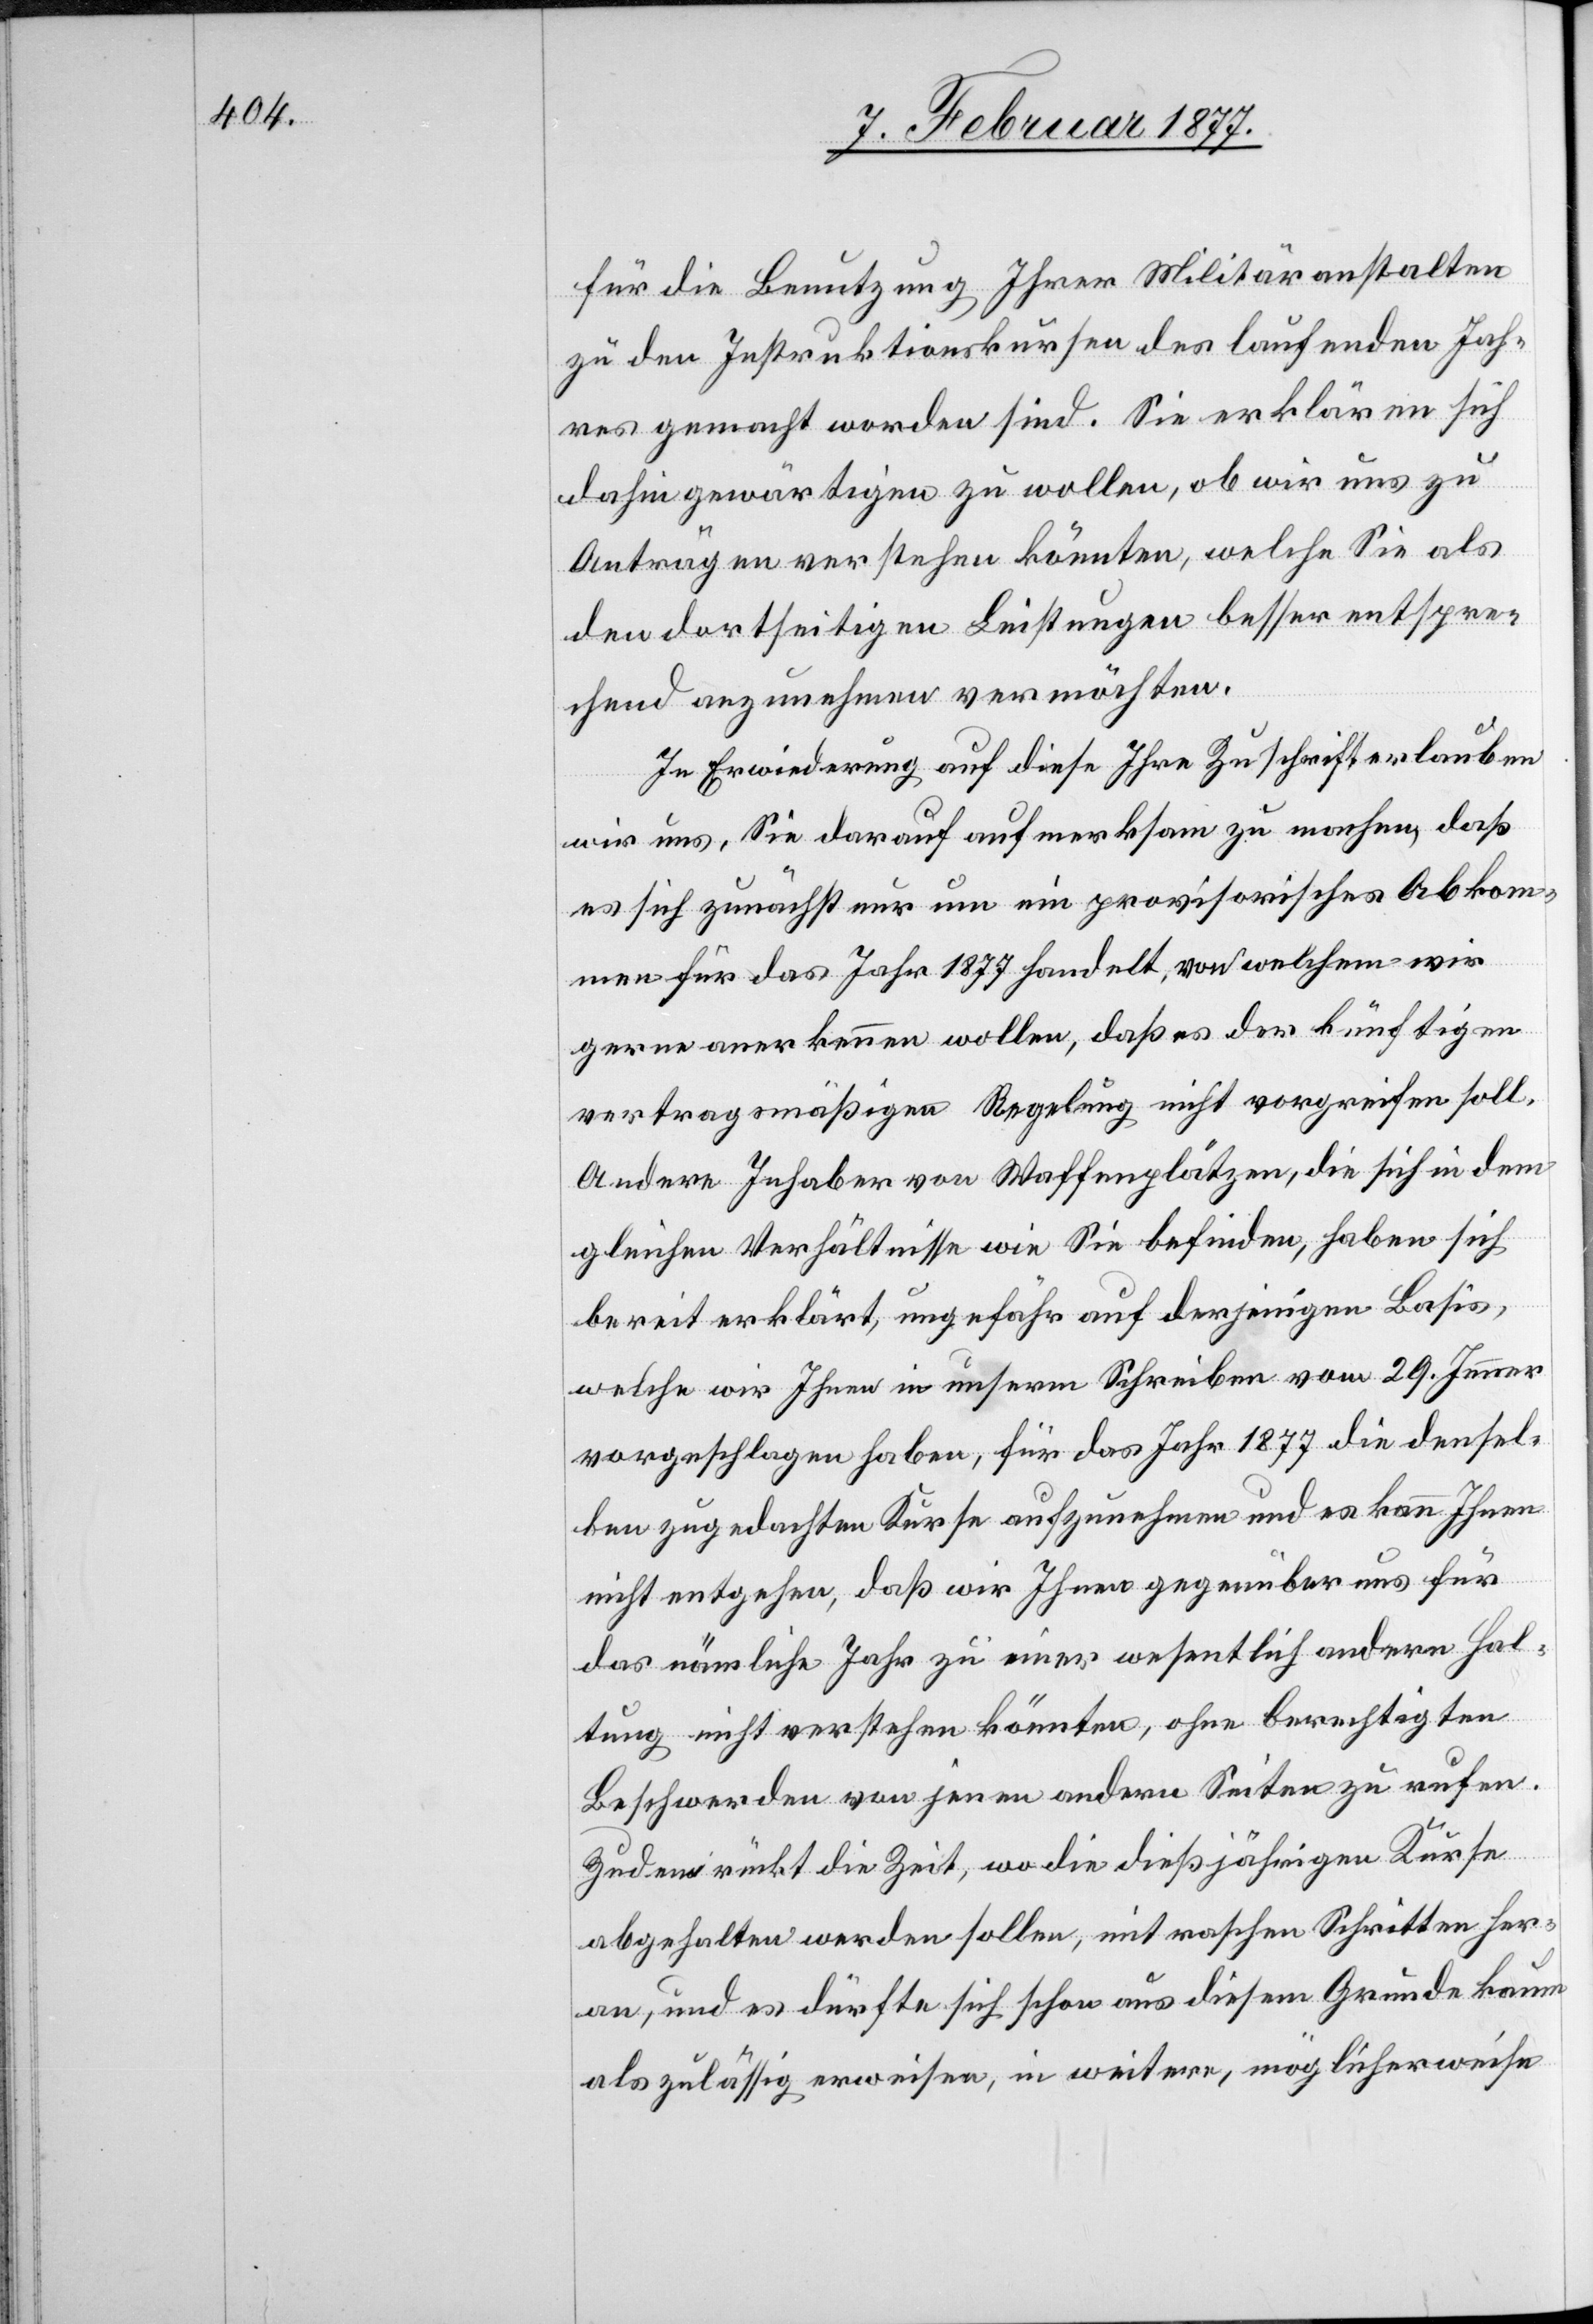
für die Benutzung Ihrer Militäranstalten
zu den Instruktionskursen des laufenden Jah¬
res gemacht worden sind. Sie erklären sich
dahin gewärtigen zu wollen, ob wir uns zu
Anträgen verstehen könnten, welche Sie als
den dortseitigen Leistungen besser entspre¬
chend anzunehmen vermöchten.
In Erwiederung auf diese Ihre Zuschrift erlauben
wir uns, Sie darauf aufmerksam zu machen, daß
es sich zunächst nur um ein provisorisches Abkom¬
men für das Jahr 1877 handelt, von welchem wir
gerne anerkennen wollen, daß es der künftigen
vertragsmäßigen Regelung nicht vorgreifen soll.
Andere Inhaber von Waffenplätzen, die sich in dem
gleichen Verhältnisse wie Sie befinden, haben sich
bereit erklärt, ungefähr auf derjenigen Basis,
welche wir Ihnen in unserm Schreiben vom 29. Jenner
vorgeschlagen haben, für das Jahr 1877 die densel¬
ben zugedachten Kurse aufzunehmen und es kann Ihnen
nicht entgehen, daß wir Ihnen gegenüber uns für
das nämliche Jahr zu einer wesentlich andern Hal¬
tung nicht verstehen könnten, ohne berechtigte
Beschwerden von jenen andern Seiten zu rufen.
Zudem rückt die Zeit, wo die dießjährigen Kurse
abgehalten werden sollen, mit raschen Schritten her¬
an, und es dürfte sich schon aus diesem Grunde kaum
als zulässig erweisen, in weitere, möglicherweise